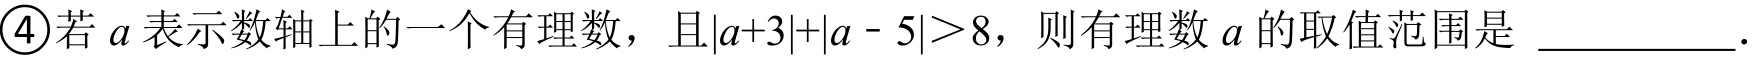
\textcircled{4}若\(a\)表示数轴上的一个有理数，且\(\vert a + 3\vert+\vert a - 5\vert>8\)，则有理数\(a\)的取值范围是 ___________.